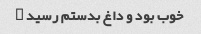
خوب بود و داغ بدستم رسید …